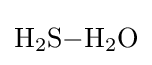
{\mathrm {H} {\vphantom {A}}_{\smash[{t}]{2}}\mathrm {S} {-}\mathrm {H} {\vphantom {A}}_{\smash[{t}]{2}}\mathrm {O} }